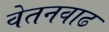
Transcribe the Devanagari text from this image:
वेतनवाढ